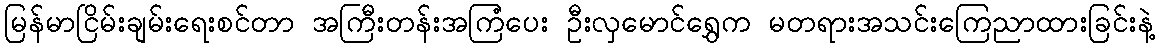
မြန်မာငြိမ်းချမ်းရေးစင်တာ အကြီးတန်းအကြံပေး ဦးလှမောင်ရွှေက မတရားအသင်းကြေညာထားခြင်းနဲ့